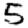
Digit: 5